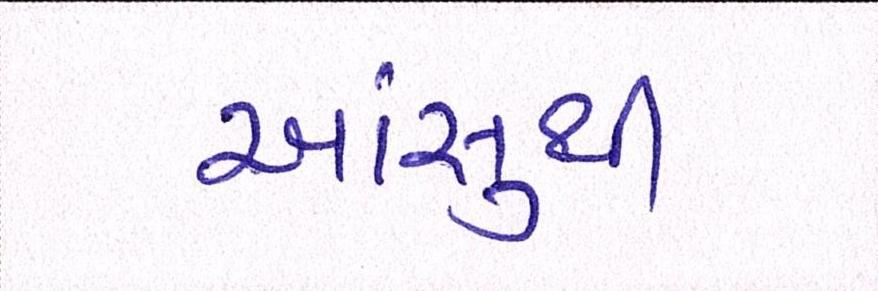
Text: આંસુથી